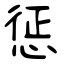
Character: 惩